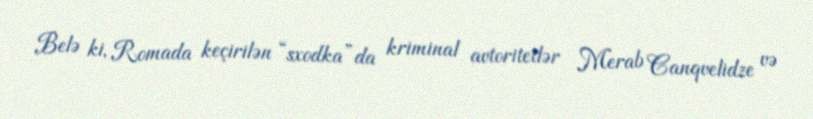
Belə ki, Romada keçirilən “sxodka”da kriminal avtoritetlər Merab Canqvelidze və